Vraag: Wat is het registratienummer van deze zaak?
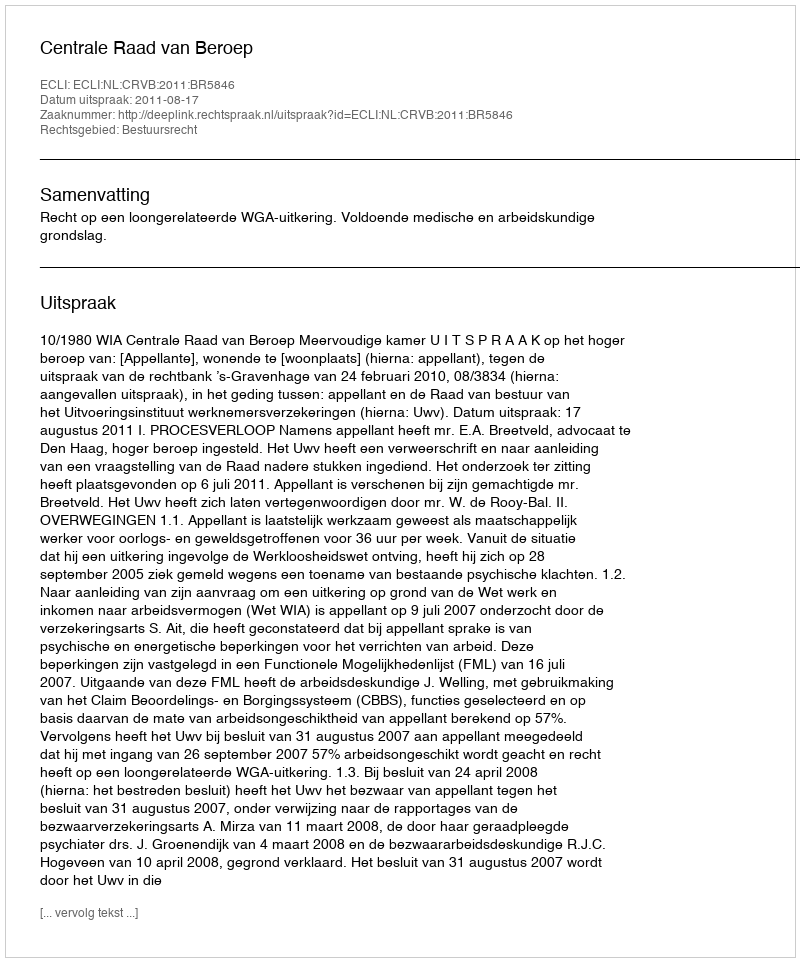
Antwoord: http://deeplink.rechtspraak.nl/uitspraak?id=ECLI:NL:CRVB:2011:BR5846